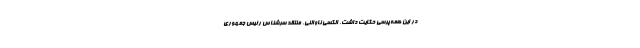
در این همه‌پرسی حکایت داشت. الکسی ناوالنی، منتقد سرشناس رئیس جمهوری